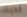
لديك